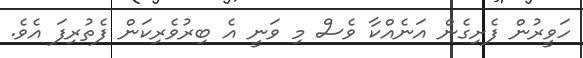
ހަވީރުން ފެށިގެން އަނެއްކާ ވެސް މި ވަނީ އެ ބިރުވެރިކަން ފެތުރިފަ އެވެ.